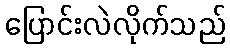
ပြောင်းလဲလိုက်သည်